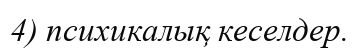
4) психикалық кеселдер.